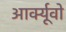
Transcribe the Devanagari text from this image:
आर्क्यूवो